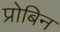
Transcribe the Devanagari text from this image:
प्रोबिन